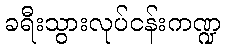
ခရီးသွားလုပ်ငန်းကဏ္ဍ